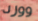
وورد